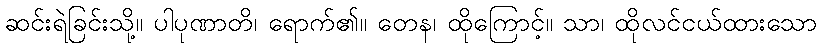
ဆင်းရဲခြင်းသို့။ ပါပုဏာတိ၊ ရောက်၏။ တေန၊ ထိုကြောင့်။ သာ၊ ထိုလင်ငယ်ထားသော